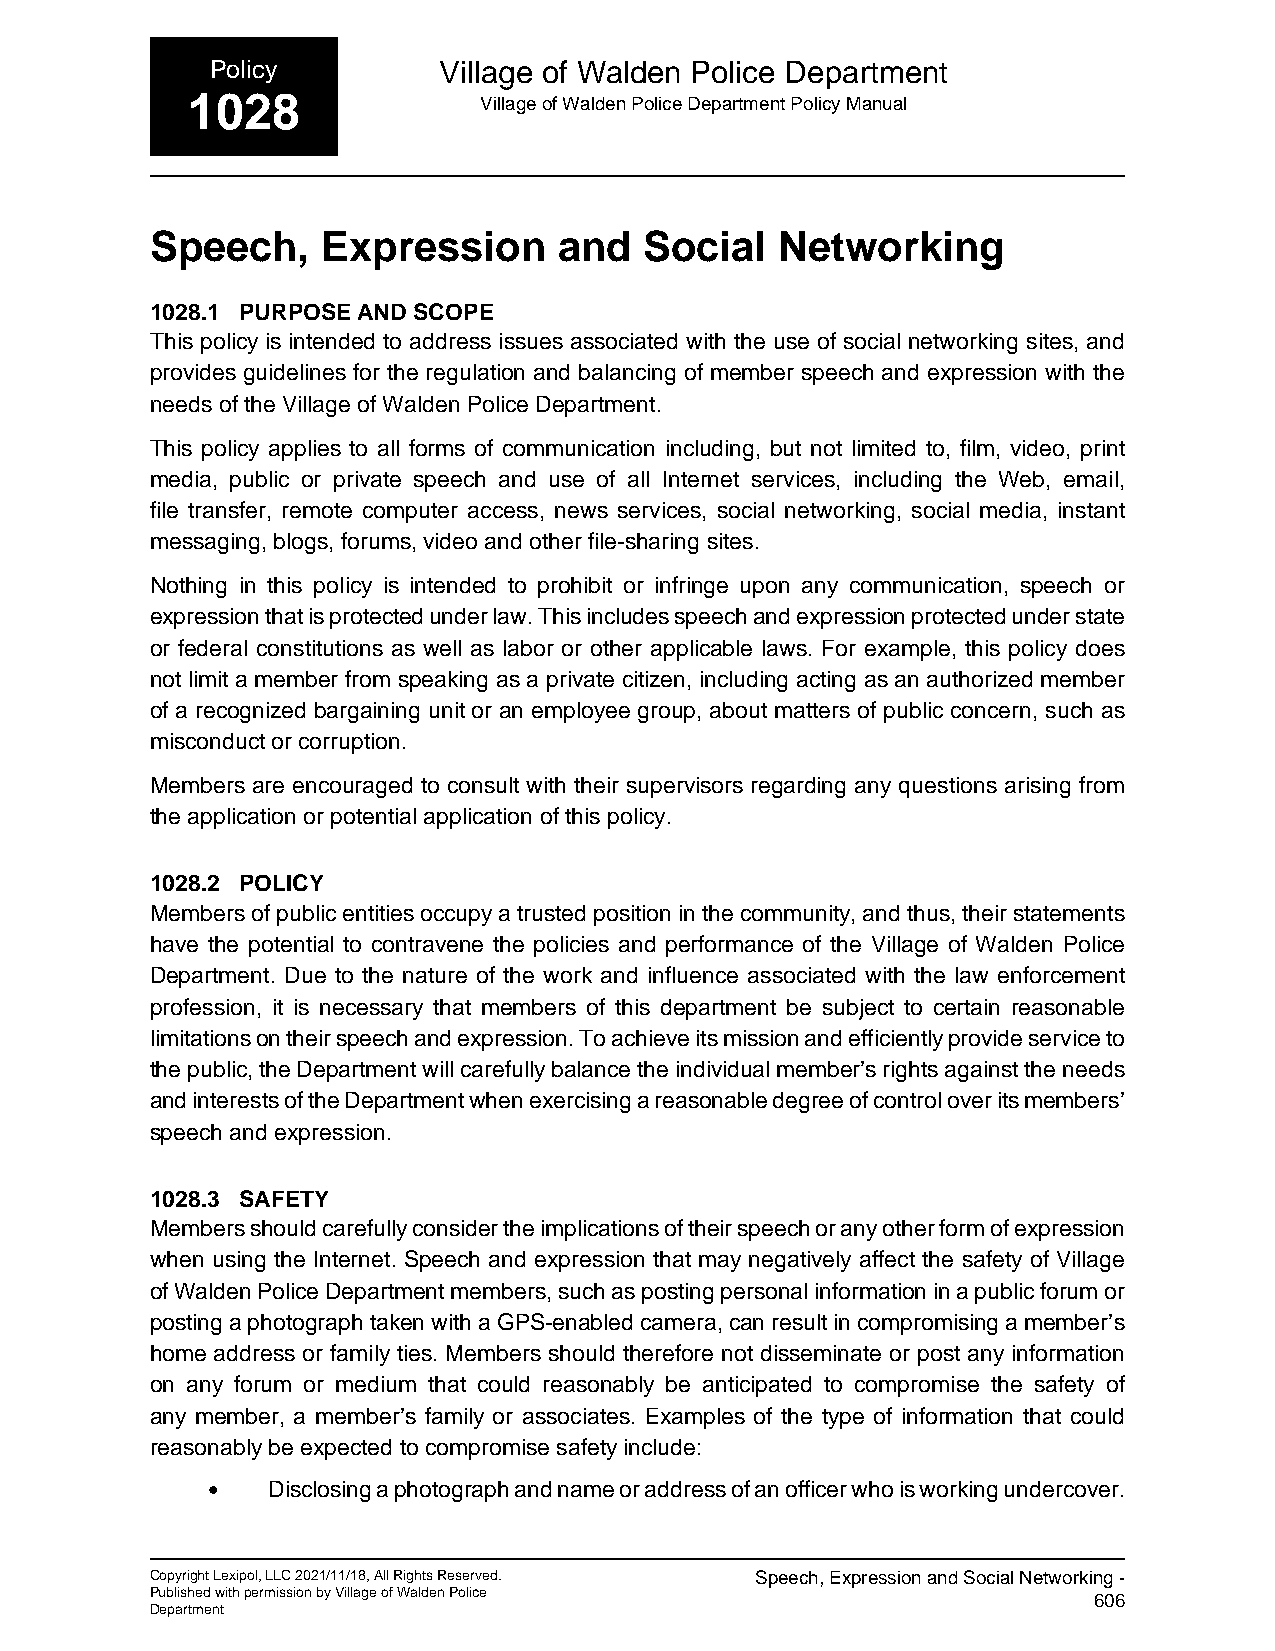
Policy         Village of Walden Police Department
 1028                Village of Walden Police Department Policy Manual
 Speech,    Expression      and   Social  Networking
 1028.1 PURPOSE AND SCOPE
 This policy is intended to address issues associated with the use of social networking sites, and
 provides guidelines for the regulation and balancing of member speech and expression with the
 needs of the Village of Walden Police Department.
 This policy applies to all forms of communication including, but not limited to, film, video, print
 media, public or private speech and use of all Internet services, including the Web, email,
 file transfer, remote computer access, news services, social networking, social media, instant
 messaging, blogs, forums, video and other file-sharing sites.
 Nothing in this policy is intended to prohibit or infringe upon any communication, speech or
 expression that is protected under law. This includes speech and expression protected under state
 or federal constitutions as well as labor or other applicable laws. For example, this policy does
 not limit a member from speaking as a private citizen, including acting as an authorized member
 of a recognized bargaining unit or an employee group, about matters of public concern, such as
 misconduct or corruption.
 Members are encouraged to consult with their supervisors regarding any questions arising from
 the application or potential application of this policy.
 1028.2 POLICY
 Members of public entities occupy a trusted position in the community, and thus, their statements
 have the potential to contravene the policies and performance of the Village of Walden Police
 Department. Due to the nature of the work and influence associated with the law enforcement
 profession, it is necessary that members of this department be subject to certain reasonable
 limitations on their speech and expression. To achieve its mission and efficiently provide service to
 the public, the Department will carefully balance the individual member’s rights against the needs
 and interests of the Department when exercising a reasonable degree of control over its members’
 speech and expression.
 1028.3 SAFETY
 Members should carefully consider the implications of their speech or any other form of expression
 when using the Internet. Speech and expression that may negatively affect the safety of Village
 of Walden Police Department members, such as posting personal information in a public forum or
 posting a photograph taken with a GPS-enabled camera, can result in compromising a member’s
 home address or family ties. Members should therefore not disseminate or post any information
 on any forum or medium that could reasonably be anticipated to compromise the safety of
 any member, a member’s family or associates. Examples of the type of information that could
 reasonably be expected to compromise safety include:
 •   Disclosing a photograph and name or address of an officer who is working undercover.
 Copyright Lexipol, LLC 2021/11/18, All Rights Reserved. Speech, Expression and Social Networking -
 Published with permission by Village of Walden Police         606
 Department